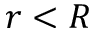
r < R